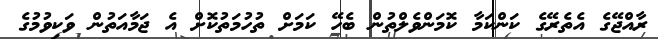
ރާއްޖޭގެ އެތެރޭގެ ކަންކަމާ ކޮމަންވެލްތުން ބެހޭ ކަމަށް ތުހުމަތުކޮށް އެ ޖަމާއަތުން ވަކިވުމުގެ